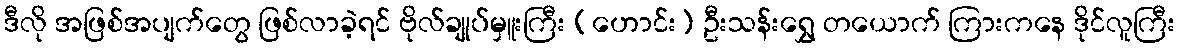
ဒီလို အဖြစ်အပျက်တွေ ဖြစ်လာခဲ့ရင် ဗိုလ်ချုပ်မှူးကြီး (ဟောင်း) ဦးသန်းရွှေ တယောက် ကြားကနေ ဒိုင်လူကြီး